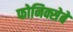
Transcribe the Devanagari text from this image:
फोनिक्सेबे